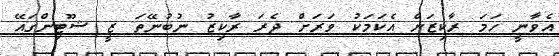
އެވާނީ ހަމަ ރާކިޒަށް އެކަމަކު ވަރަށް ދެރަ ރާކިޒު ނުބުނޭތަ ޒީ ޝޫޓިންގައޭ